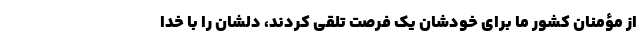
از مؤمنان کشور ما برای خودشان یک فرصت تلقی کردند، دلشان را با خدا